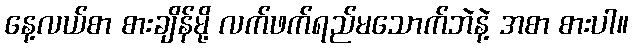
နေ့လယ်စာ စားချိန်မို့ လက်ဖက်ရည်မသောက်ဘဲနဲ့ အစာ စားပါ။